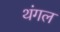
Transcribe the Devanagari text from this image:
थंगल